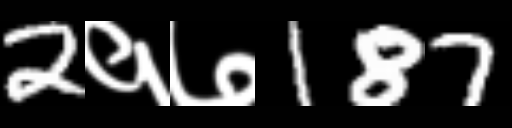
Text: 2१७187